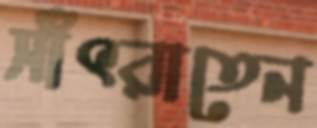
সাঁৎরাতেন